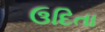
ઉદિતા